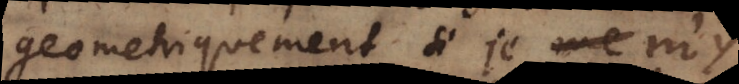
geometriquement, si je